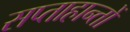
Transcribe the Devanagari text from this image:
सप्ताहान्तों